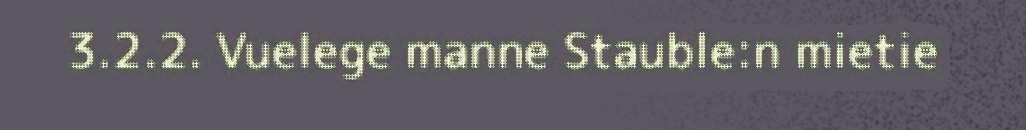
3.2.2. Vuelege manne Stauble:n mietie